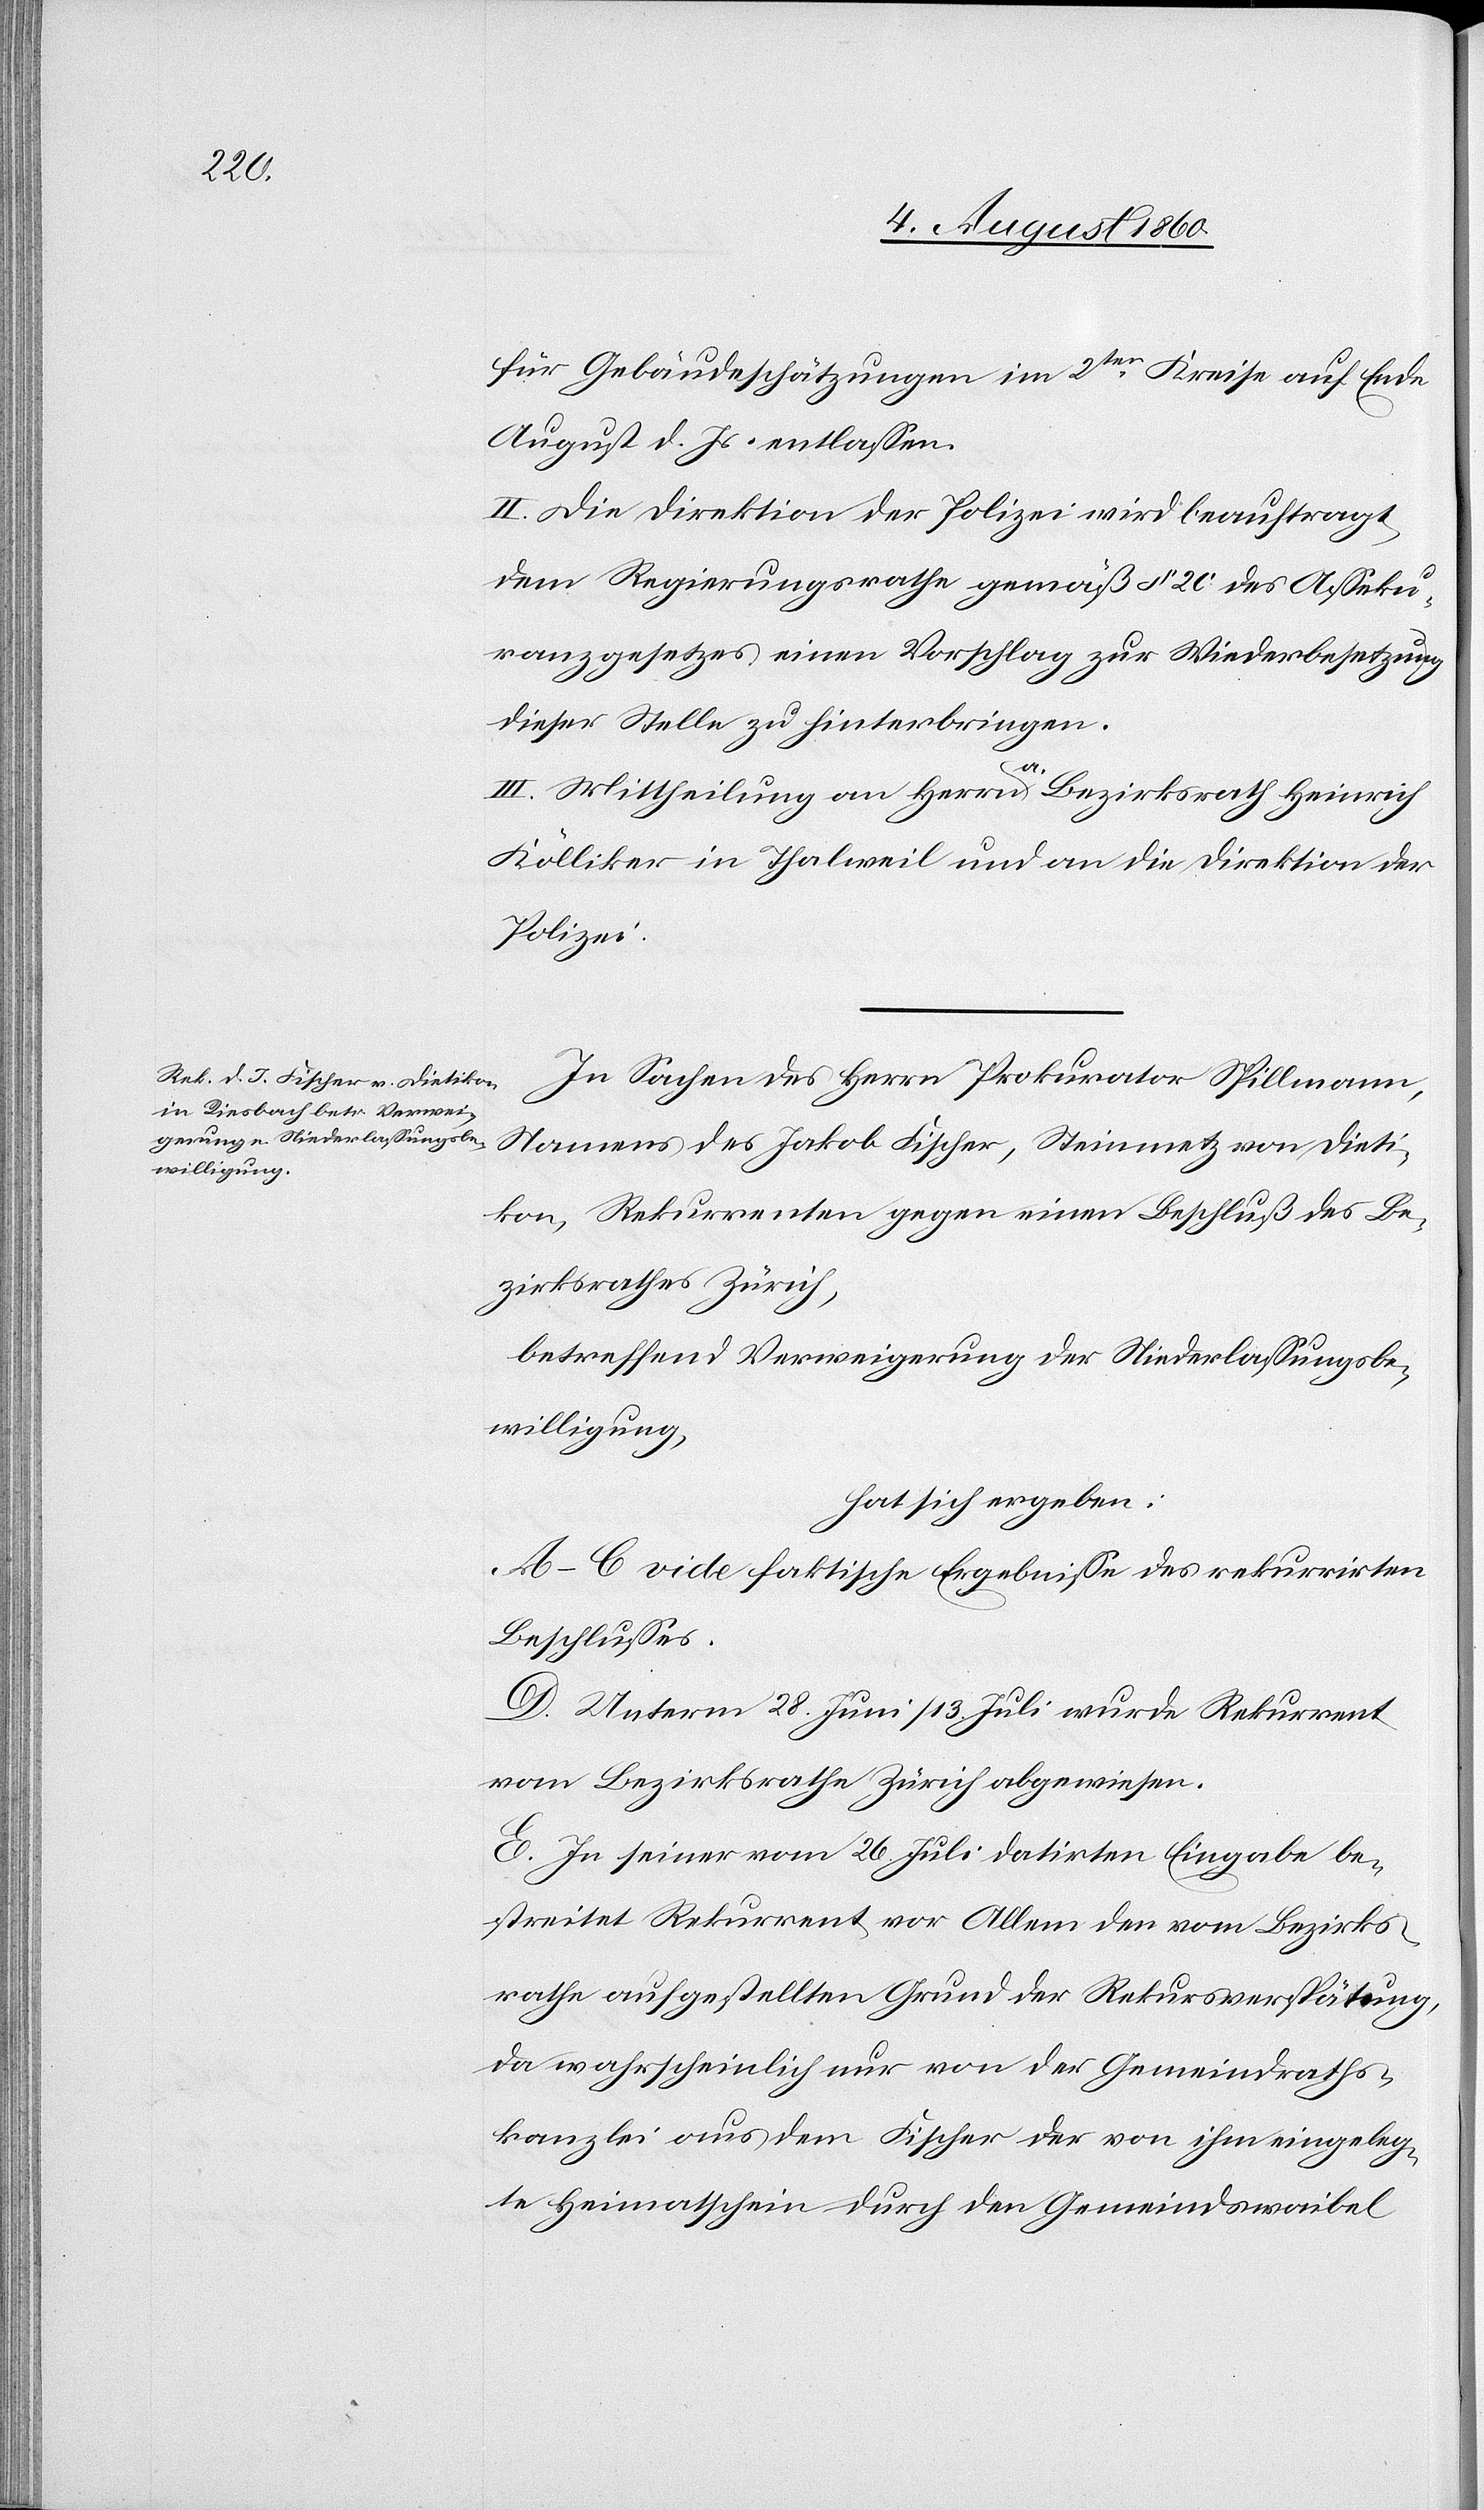
für Gebäudeschätzungen im 2ten Kreise auf Ende
Augustmonat d. Js. entlassen.
II. Die Direktion der Polizei wird beauftragt,
dem Regierungsrathe gemäss §. 20 des Asseku¬
ranzgesetzes einen Vorschlag zur Wiederbesetzung
dieser Stelle zu hinterbringen.
III. Mittheilung an Hrn. alt Bezirksrath Heinrich
Kölliker in Thalweil und an die Direktion der
Polizei.
In Sachen des Herrn Prokurator Spillmann,
Namens des Jakob Fischer, Steinmetz von Dieti¬
kon, Rekurrenten gegen einen Beschluss des Be¬
zirksrathes Zürich
betreffend Verweigerung der Niederlassungsbe¬
willigung
hat sich ergeben:
A–C. vide faktische Ergebnisse des rekurrirten
Beschlusses.
D. Unterm 28. Juni / 13. Juli wurde Rekurrent
vom Bezirksrathe Zürich abgewiesen.
E. In seiner vom 26. Juli datirten Eingabe be¬
streitet Rekurrent vor Allem den vom Bezirks¬
rathe aufgestellten Grund der Rekursverspätung,
da wahrscheinlich nur von der Gemeindraths¬
kanzlei aus dem Fischer der von ihm eingeleg¬
te Heimathschein durch den Gemeindswaibel